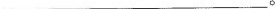
___.